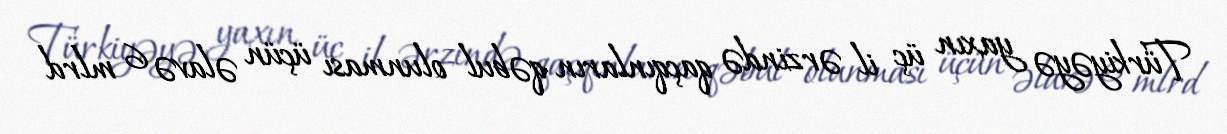
Türkiyəyə yaxın üç il ərzində qaçqınların qəbul olunması üçün əlavə 6 mlrd